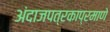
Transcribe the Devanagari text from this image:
अंदाजपत्रकाप्रमाणे